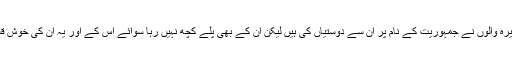
اور بیچ بیچ میں تو کئی جونیجو، شوکت عزیز، اور ایم ایم اے وغیرہ والوں نے جمہوریت کے نام پر ان سے دوستیاں کی ہیں لیکن ان کے بھی پلے کچھ نہیں رہا سوائے اس کے اور یہ ان کی خوش قسمتی بھی تھی کہ بھیڑیا بننے سے بچ گئے اور لومڑی بن گئے۔